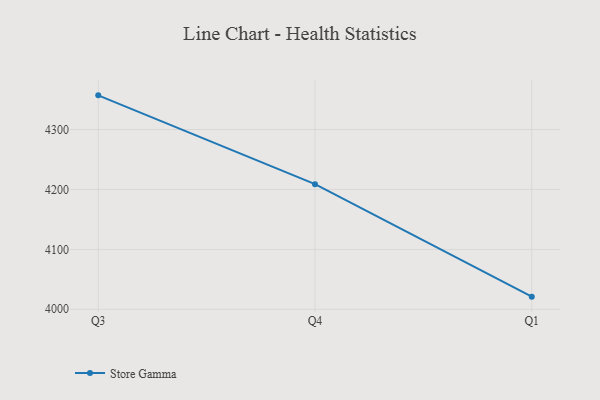
{"axis": {"x": "Quarter", "y": "Page Views"}, "legend": ["Store Gamma"], "data": [{"x": "Q3", "y": 4357.1, "type": "Store Gamma"}, {"x": "Q4", "y": 4208.9, "type": "Store Gamma"}, {"x": "Q1", "y": 4021.1, "type": "Store Gamma"}]}